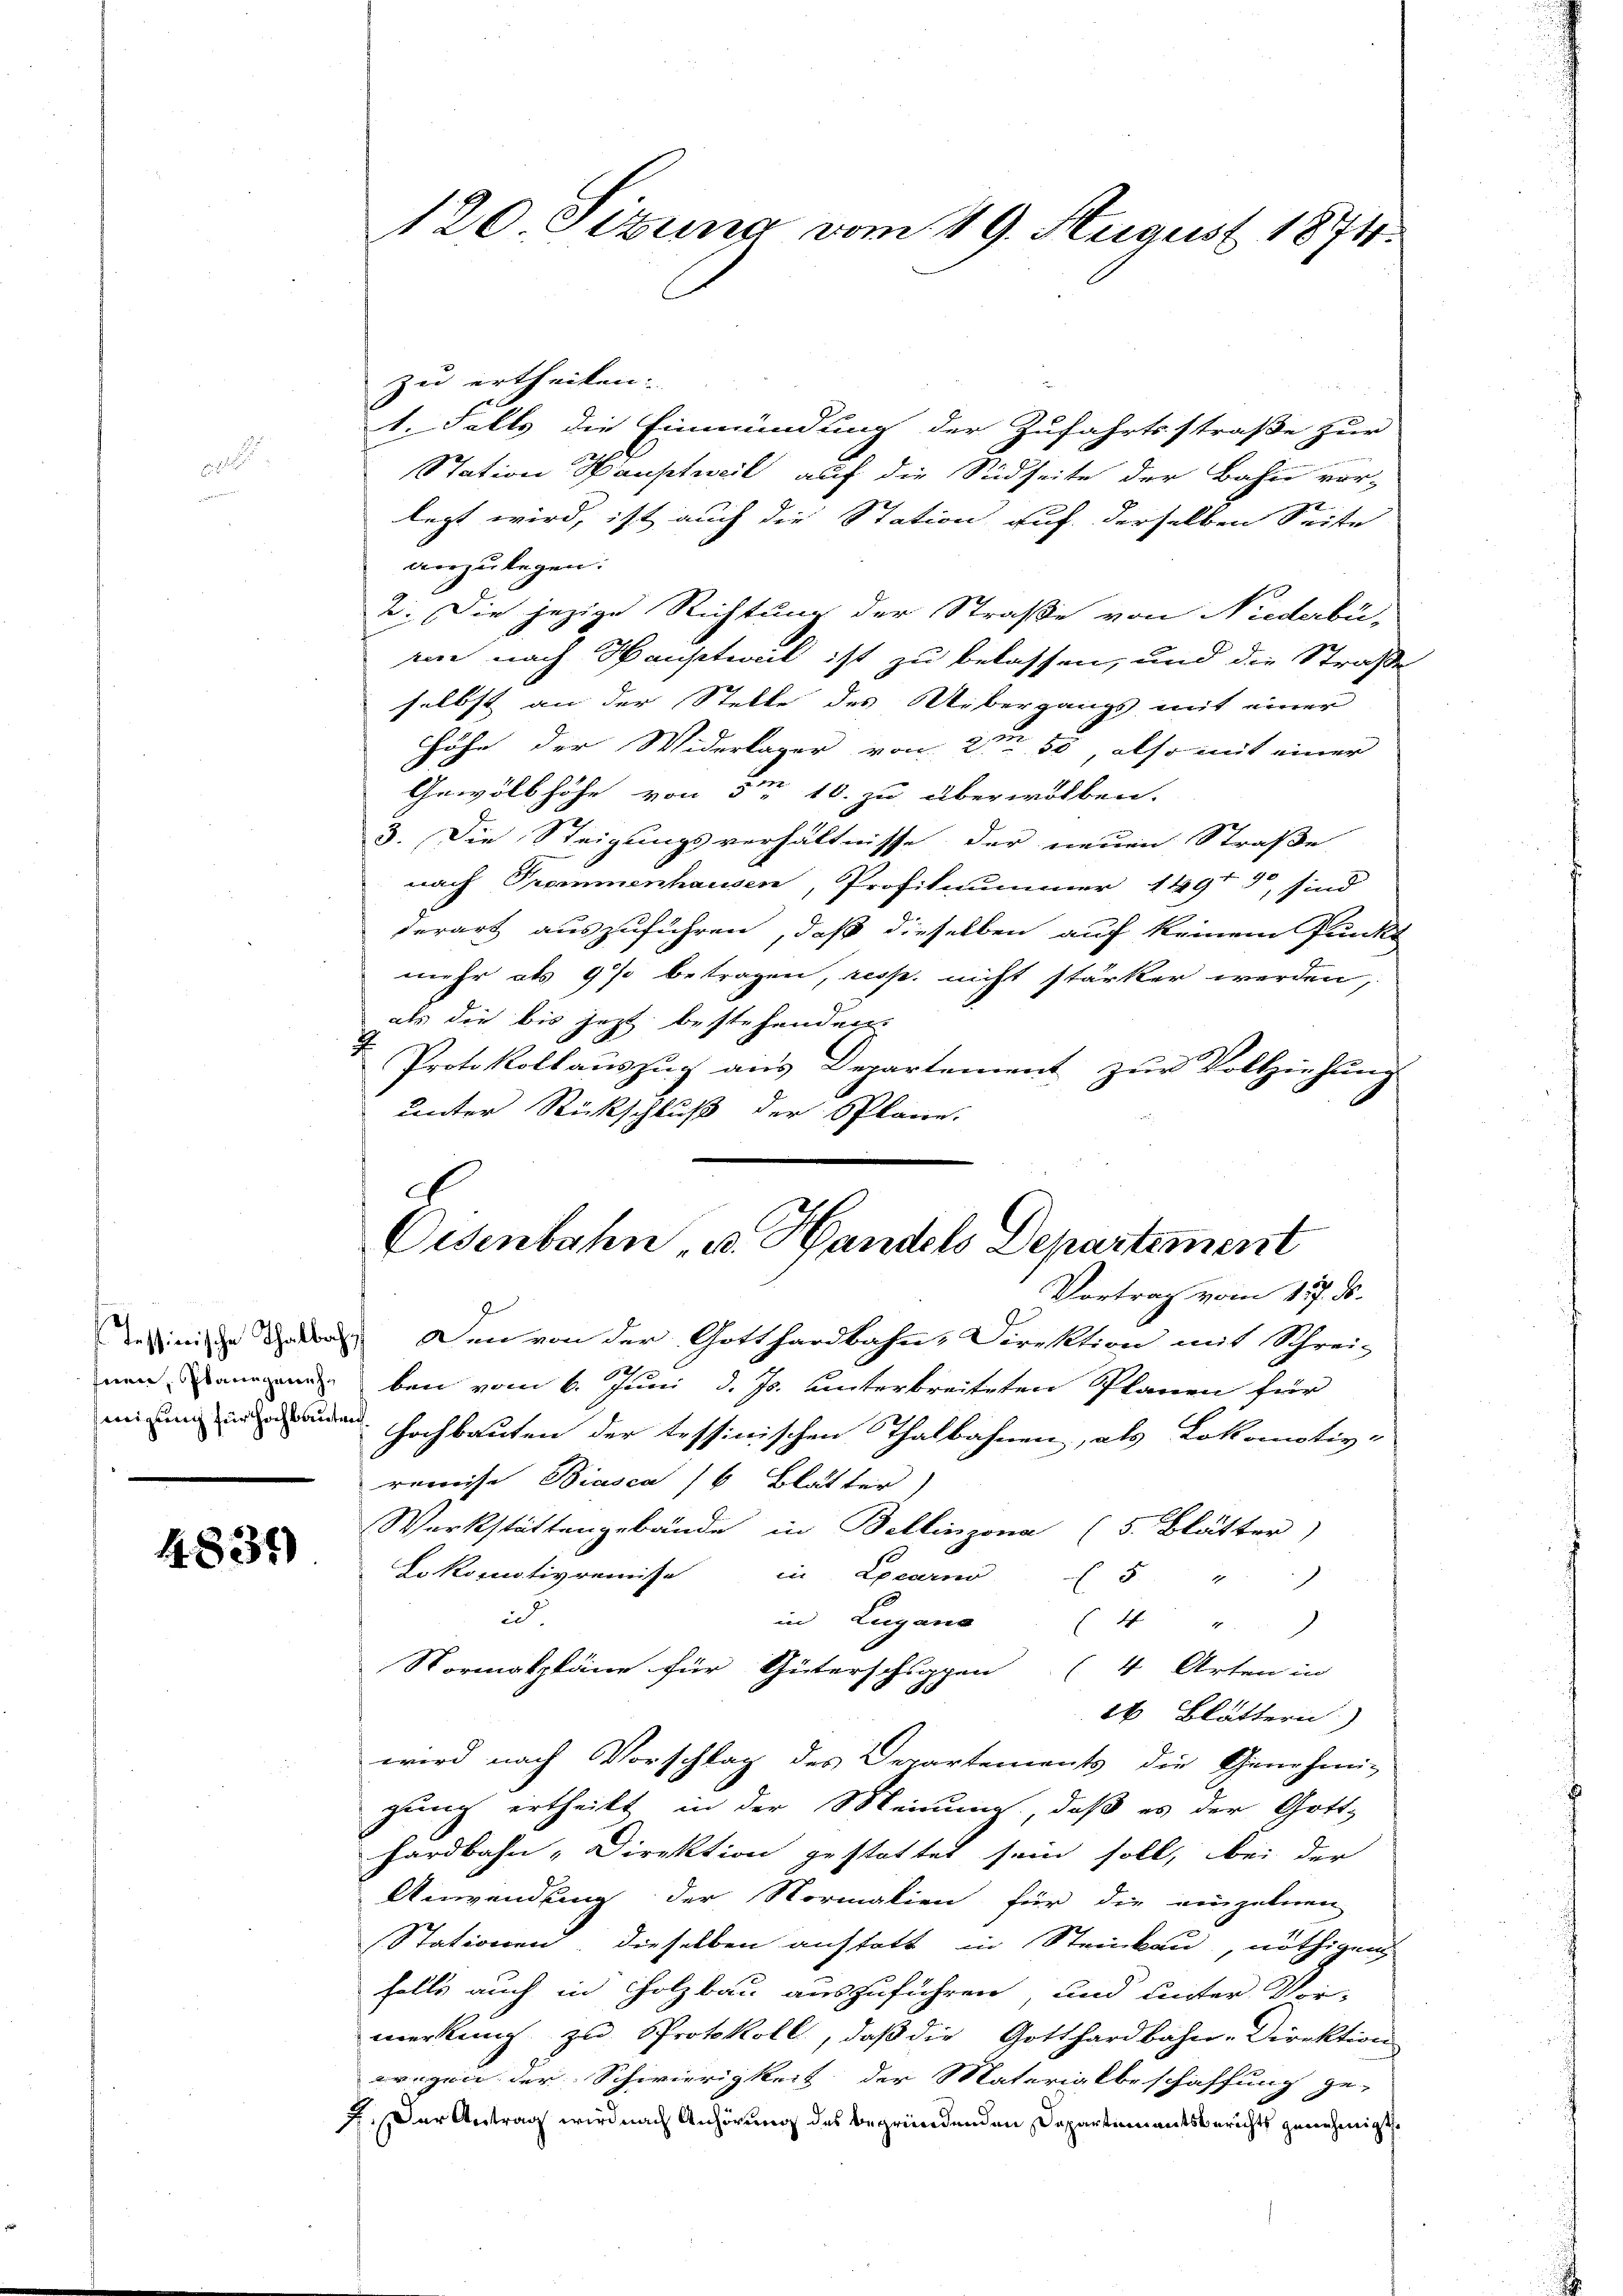
4831)

120 Sitzung vom 19. August 18711.

zu ertheilen.
1. Falls die Einmündung der Zufahrtsstraße zur
Station Hauptweil auf die Südseite der Bahn vor-
legt wird, ist auch die Station auf derselben Seite
anzulegen:
2. Die jezige Richtung der Straße von Niederbü-
en nach Hauptweil ist zu belassen, und die Straße
selbst an der Stelle des Uebergangs mit einer
Höhe der Widerlager von 2 50, also mit einer
Gewölb höhe von 5 10. zu überwölben.
3. Die Steigungsverhältnisse der neuen Straße
nach Prommenhausen, Profitnummer 14913 sind
derart auszuführen, daß dieselben auf keinem Punkt
mehr als 9% betragen, resp. nicht stärker werden,
als die bis jezt bestehenden
 Protokoll aŭszŭg aŭs Departement zŭr Vollziehŭng
unter Rückschluß der Spläne.
Vortrag vom 117. ds.
Dessinische der Den von der Gotthardbahn-Direktion mit Schreiz
nen ben vom 6. Juni d. Js. unterbreiteten Planen für
mium in den Hochbauten der tessinischen Thalbahnen, als Lokomotiv-
remise Biasca 16 Blätter)
Werkstättengebäude in Bellinzona (5. Blätter)
Lokomotivremise in Locarno 5 " "
i
in Lugano
E 14 "
Normalpläne für Güterschuppen (4. Arten in
26 Blättern
wird nach Vorschlag des Departements die Genehmi-
gung ertheilt in der Meinung, daß es der Gott-
hardbahn-Direktion gestattet sein soll, bei der
Anwendung der Normalien für die einzelnen
Stationen, dieselben anstatt in Strickau, nöthigen
falls auch in Holzbau auszuführen, und unter Vor-
merkung zu Protokoll, daβ die Gotthardbahn-Direktion
wegen der Schwierigkeit der Materialbeschaffung ge-
7. Der Antrag wird nach Anhörung des begründenden Departimentsberichts genehmigt.

G
Oisenbahn, u. Handels Departement